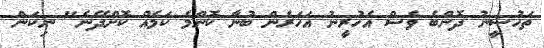
ތަހުސީނު ދޮންބެ ވެސް އެހުރީނު އަހަރެން ބުނާ ކޮންމެ ކަމެއް ކޮށްދޭނެ" ނިކަން